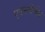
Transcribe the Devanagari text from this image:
एक्स्तेर्नल